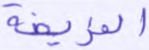
الفريضة